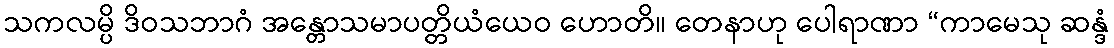
သကလမ္ပိ ဒိဝသဘာဂံ အန္တောသမာပတ္တိယံယေဝ ဟောတိ။ တေနာဟု ပေါရာဏာ “ကာမေသု ဆန္ဒံ